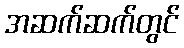
အဆက်ဆက်တွင်